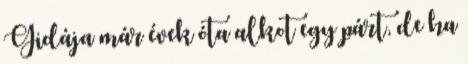
Gidája már évek óta alkot egy párt, de ha